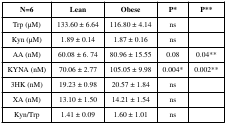
<table><thead><tr><td><b>N=6</b></td><td><b>Lean</b></td><td><b>Obese</b></td><td><b>P*</b></td><td><b>P**</b></td></tr></thead><tbody><tr><td>Trp (μM)</td><td>133.60 ± 6.64</td><td>116.80 ± 4.14</td><td>ns</td><td></td></tr><tr><td>Kyn (μM)</td><td>1.89 ± 0.14</td><td>1.87 ± 0.16</td><td>ns</td><td></td></tr><tr><td>AA (nM)</td><td>60.08 ± 6. 74</td><td>80.96 ± 15.55</td><td>0.08</td><td>0.04**</td></tr><tr><td>KYNA (nM)</td><td>70.06 ± 2.77</td><td>105.05 ± 9.98</td><td>0.004*</td><td>0.002**</td></tr><tr><td>3HK (nM)</td><td>19.23 ± 0.98</td><td>20.57 ± 1.84</td><td>ns</td><td></td></tr><tr><td>XA (nM)</td><td>13.10 ± 1.50</td><td>14.21 ± 1.54</td><td>ns</td><td></td></tr><tr><td>Kyn/Trp</td><td>1.41 ± 0.09</td><td>1.60 ± 1.01</td><td>ns</td><td></td></tr></tbody></table>